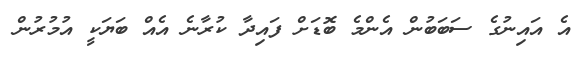
އެ އައިނުގެ ސަބަބުން އެންމެ ބޮޑަށް ފައިދާ ކުރާނެ އެއް ބަޔަކީ އުމުރުން